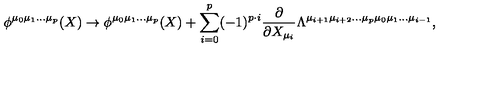
\phi ^ { \mu _ { 0 } \mu _ { 1 } \ldots \mu _ { p } } ( X ) \rightarrow \phi ^ { \mu _ { 0 } \mu _ { 1 } \ldots \mu _ { p } } ( X ) + \sum _ { i = 0 } ^ { p } ( - 1 ) ^ { p \cdot i } \frac { \partial } { \partial X _ { \mu _ { i } } } \Lambda ^ { \mu _ { i + 1 } \mu _ { i + 2 } \ldots \mu _ { p } \mu _ { 0 } \mu _ { 1 } \ldots \mu _ { i - 1 } } ,